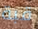
قبة